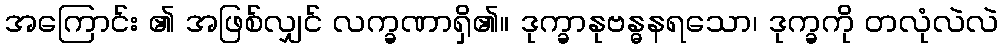
အကြောင်း ၏ အဖြစ်လျှင် လက္ခဏာရှိ၏။ ဒုက္ခာနုဗန္ဓနရသော၊ ဒုက္ခကို တလုံလဲလဲ